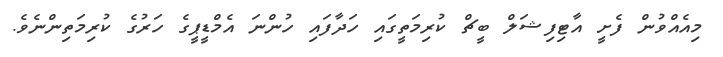
މިއެއްވުން ފެށީ އާޓިފިޝަލް ބީޗް ކުރިމަތީގައި ހަދާފައި ހުންނަ އެމްޑީޕީގެ ހަރުގެ ކުރިމަތިންނެވެ.